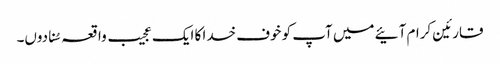
قارئین کرام آئیے میں آپ کو خوف خدا کا ایک عجیب واقعہ سُنا دوں۔